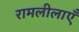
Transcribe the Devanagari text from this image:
रामलीलाएँ